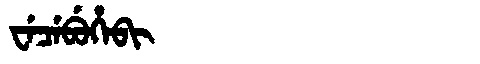
Manchu: ᠸᡝᠴᡝᠪᡠᡥᡝᠪᡳ
Romanization: WECEBUHEBI